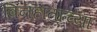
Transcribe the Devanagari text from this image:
बिनहाताच्या